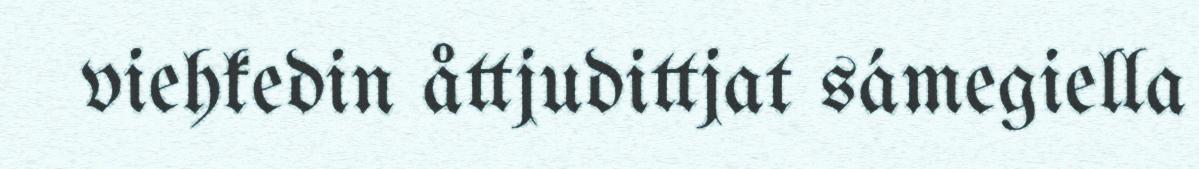
viehkedin åttjudittjat sámegiella